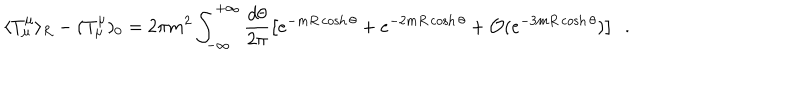
LaTeX: \langle T _ { \mu } ^ { \mu } \rangle _ { R } - ( T _ { \mu } ^ { \mu } ) _ { 0 } = 2 \pi m ^ { 2 } \int _ { - \infty } ^ { + \infty } \frac { d \theta } { 2 \pi } \left[ e ^ { - m R \cosh \theta } + e ^ { - 2 m R \cosh \theta } + { \cal O } ( e ^ { - 3 m R \cosh \theta } ) \right] \, \, \, .